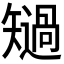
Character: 𱳧